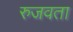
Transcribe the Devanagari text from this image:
रुजवता